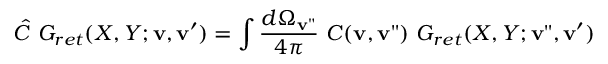
\hat { C } \ G _ { r e t } ( X , Y ; { \bf v } , { \bf v ^ { \prime } } ) = \int { \frac { d \Omega _ { \bf v " } } { 4 \pi } } \ C ( { \bf v } , { \bf v " } ) \ G _ { r e t } ( X , Y ; { \bf v " } , { \bf v ^ { \prime } } )